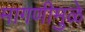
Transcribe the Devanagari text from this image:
मागणीमुळे